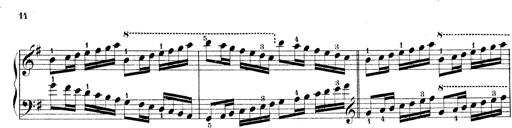
Title: Technische Studien
Composer: Franz Liszt